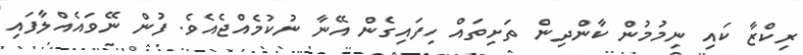
ރިކްޒާ ކައި ނިމުމުން ކާންދިން ތަށިތައް ހިފައިގެން އޭނާ ނުކުމެއްޖެއެވެ. ފުން ނޭވައެއްލާފައި